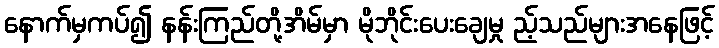
နောက်မှကပ်၍ နန်းကြည်တို့အိမ်မှာ မိုဘိုင်းပေးချေမှု ည့်သည်များအနေဖြင့်